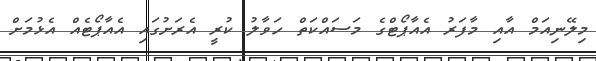
މިލޭނިއަމް އާއި މާފަރު އެއާޕޯޓްގެ މަސައްކަތް ހަވާލު ކުރީ އެރަށުގައި އެއާޕޯޓެއް އެޅުމަށް